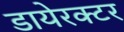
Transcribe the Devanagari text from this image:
डायेरक्टर